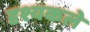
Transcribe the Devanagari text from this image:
दृश्यकले